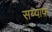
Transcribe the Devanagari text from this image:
सय्याफ़